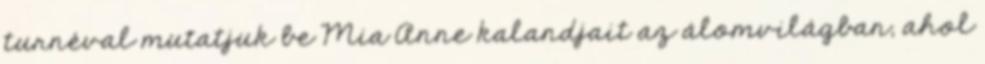
turnéval mutatjuk be Mia Anne kalandjait az álomvilágban, ahol